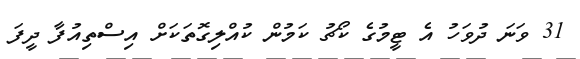
31 ވަނަ ދުވަހު އެ ޓީމުގެ ކޯޗު ކަމުން ކުއްލިގޮތަކަށް އިސްތިއުފާ ދީފަ